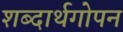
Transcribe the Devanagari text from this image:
शब्दार्थगोपन